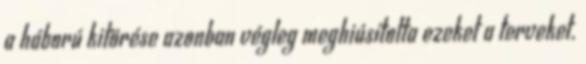
a háború kitörése azonban végleg meghiúsította ezeket a terveket.